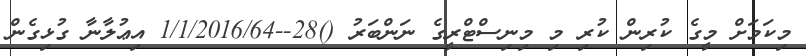
މިކަމަށް މީގެ ކުރިން ކުރި މި މިނިސްޓްރީގެ ނަންބަރު ()28--1/1/2016/64 އިޢުލާނާ ގުޅިގެން